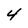
Character: 4